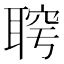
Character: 𦖓